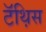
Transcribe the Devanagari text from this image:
टॅथ़िस